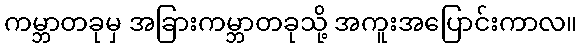
ကမ္ဘာတခုမှ အခြားကမ္ဘာတခုသို့ အကူးအပြောင်းကာလ။